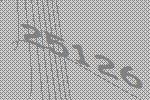
25126